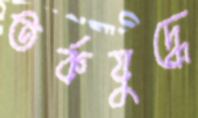
তর্কযুদ্ধে